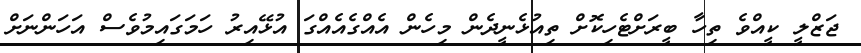
ޖަޒްލީ ކީއްވެ ތިހާ ބީރަށްޓެހިކޮށް ތިއުޅެނީދެން މިހެން އެއްގެއެއްގަ އުޅޭއިރު ހަމަގައިމުވެސް އަހަންނަށް